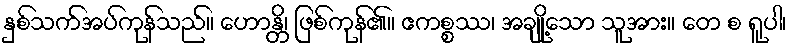
နှစ်သက်အပ်ကုန်သည်။ ဟောန္တိ၊ ဖြစ်ကုန်၏။ ဧကစ္စဿ၊ အချို့သော သူအား။ တေ စ ရူပါ၊